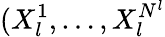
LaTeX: (X_{l}^{1},\dots,X_{l}^{N^{l}}